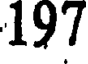
197